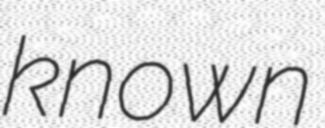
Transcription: known